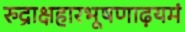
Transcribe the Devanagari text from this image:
रुद्राक्षहारभूषणाढ़यमं